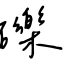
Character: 礫